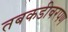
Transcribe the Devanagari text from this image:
तबकडीवरपण